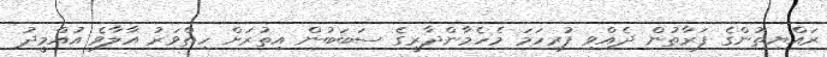
ރައްޔިތުންގެ ފަރާތުން ދެއްވި ފުރިހަމަ މެހެމާންދާރީގެ ސަބަބުން އިތުރަށް ހިތްވަރު އާލާވެ އުއްމީދު